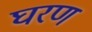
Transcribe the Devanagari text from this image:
घरण